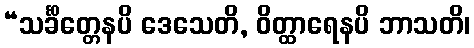
“သင်္ခိတ္တေနပိ ဒေသေတိ, ဝိတ္ထာရေနပိ ဘာသတိ၊